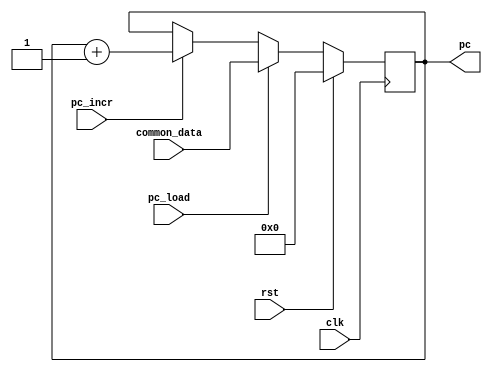
module pc(input wire clk,
            input wire rst,
            input wire pc_load,
            input wire [7:0]common_data,
            input wire pc_incr,
            output reg [7:0]pc);

always @(posedge clk) begin
    if(rst)
        pc <= 0;
    else begin
        if(pc_load)
            pc <= common_data;
        else if(pc_incr)
            pc <= pc + 1;
        else
            pc <= pc;
    end
end

endmodule